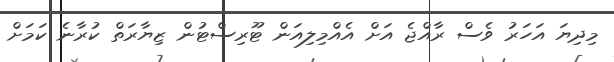
މިދިޔަ އަހަރު ވެސް ރާއްޖެ އަށް އެއްމިލިއަން ޓޫރިސްޓުން ޒިޔާރަތް ކުރާނެ ކަމަށް